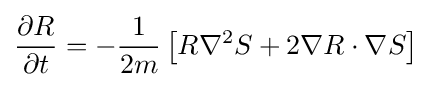
{\frac {\partial R}{\partial t}}=-{\frac {1}{2m}}\left[R\nabla ^{2}S+2\nabla R\cdot \nabla S\right]